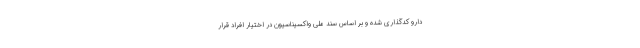
دارو کدگذاری شده و بر اساس سند ملی واکسیناسیون در اختیار افراد قرار